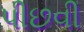
પીછવી